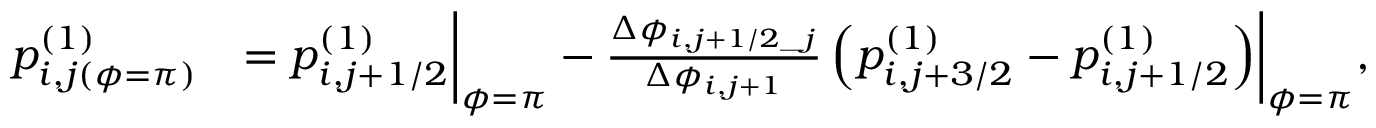
\begin{array} { r l } & { \begin{array} { r l } { p _ { i , j ( \phi = \pi ) } ^ { ( 1 ) } } & { = p _ { i , j + 1 / 2 } ^ { ( 1 ) } \biggr | _ { \phi = \pi } - \frac { \Delta \phi _ { i , j + 1 / 2 \_ j } } { \Delta \phi _ { i , j + 1 } } \left( p _ { i , j + 3 / 2 } ^ { ( 1 ) } - p _ { i , j + 1 / 2 } ^ { ( 1 ) } \right) \biggr | _ { \phi = \pi } , } \end{array} } \end{array}